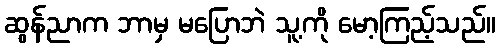
ဆွန်ညာက ဘာမှ မပြောဘဲ သူ့ကို မော့ကြည့်သည်။